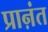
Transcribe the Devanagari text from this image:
प्राऩंत